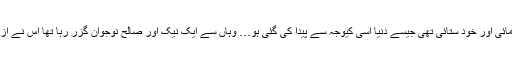
اس کے انداز میں ایسی خود نمائی اور خود ستائی تھی جیسے دنیا اسی کیوجہ سے پیدا کی گئی ہو… وہاں سے ایک نیک اور صالح نوجوان گزر رہا تھا اس نے ازراہ ہمدردی کہا:” میری بہن !